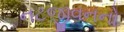
નટજીવનનો